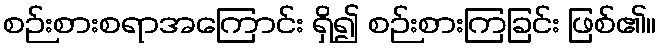
စဉ်းစားစရာအကြောင်း ရှိ၍ စဉ်းစားကြခြင်း ဖြစ်၏။